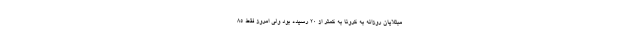
مبتلایان روزانه به کرونا به کمتر از ۲۰ رسیده بود ولی امروز فقط ۸۵